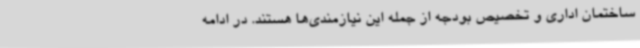
ساختمان اداری و تخصیص بودجه از جمله این نیازمندی‌ها هستند. در ادامه